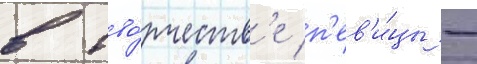
в тво́рчеств'е п'ев'и́цы -